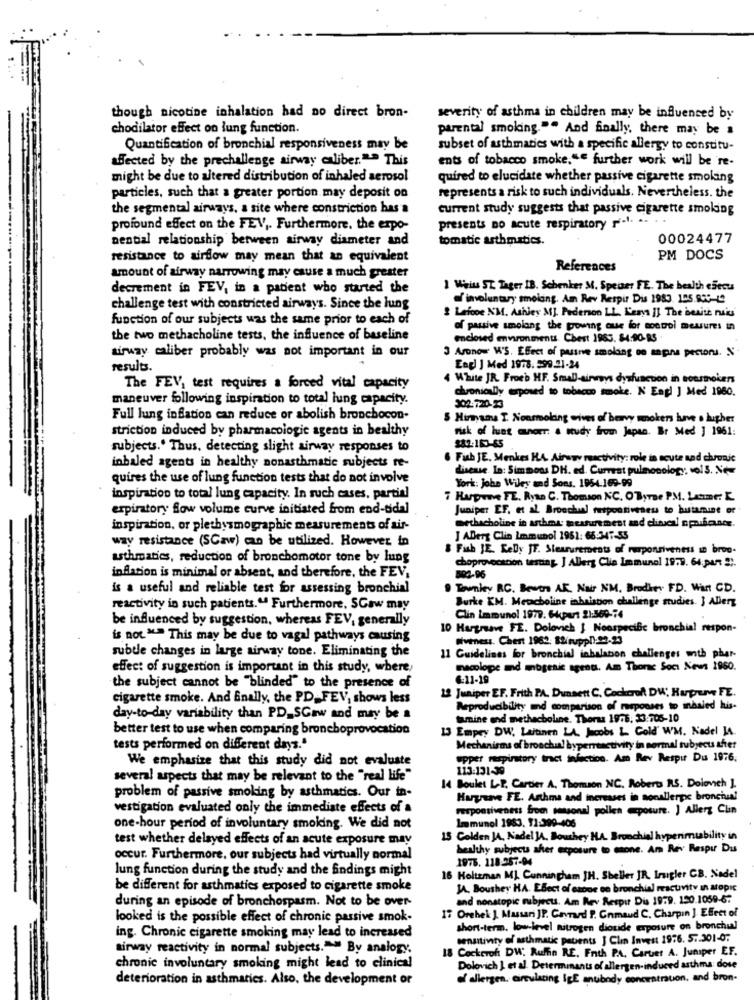
though nicotine inhalation had no direct bron-
severity of asthma in children may be influenced by
chodilator effect on lung function.
parental smoking."" And finally, there may be a
Quantification of bronchial responsiveness may be
subset of asthmaties with a specific allergy to constitu-
affected by the prechallenge airway caliber."> This
ents of tobacco smoke."e further work will be re-
might be due to altered distribution of inhaled aerosol
quired to elucidate whether passive cigarette smoking
particles, such that a greater portion may deposit on
represents a risk to such individuals. Nevertheless. the
the segmental airways, a site where constriction has a
current study suggests that passive cigarette smoking
profound effect on the FEV ,. Furthermore, the erpo-
presents no acute respiratory r.l. .. .
Dential relationship between airway diameter and
tomatic asthmatics.
00024477
resistance to airflow may mean that an equivalent
PM DOCS
amount of airway narrowing may cause a much greater
References
decrement in FEV, in a patient who started the
I Weiss ST. Tager IB. Schenker M. Spenser FE. The health esecu
d' involuntary smolang. Am Rev Respir Dis 1983. 105.836-12
challenge test with constricted airways. Since the lung
function of our subjects was the same prior to each of
2 Leiooe NM. Ashley MJ. Pederson LL. Kerys IL The besitz nais
of passive smolang the powing que for mongol mesures in
the two methacholine tests, the influence of baseline
enclosed environments Chest 1983. 84:90-RS
airway caliber probably was not important in our
3 Aronow W'S. Efeet of pusne smolang oo sans pectors. N
results.
Engl J Med 1978. 599.21-24
4 White JR. Froeh HF. Small-airways dysfunction in sousmokers
The FEV, test requires a forced vital capacity
chronically exposed to tobacco smoke. N Engl J Med 1980.
maneuver following inspiration to total lung capacity.
302-720-23
Full lung inflation can reduce or abolish bronchocon-
$ Himyams I. Nonsmoking wives of berry mokers have a higher
striction induced by pharmacologie agents in healthy
risk of luet anoer: a study from Japan. Br Med ] 1961:
subjects.' Thus, detecting slight airway responses to
282:163-65
6 Fish JE. Menkes HA. Airawy reactivity: role in acute sad chronic
inbaled agents in healthy nonasthmatic subjects re-
disease La: Simmons DH. ed. Current pulmonology; vols. Ne
quires the use of lung function tests that do not involve
York: john Wiley and Sons, 1954.169-99
inspiration to total lung capacity. In such cases, partial
7 Harpune FE. Ryan C. Thomson NC. O'Byrne PM, Lesme:
erpiratory fow volume curve initiated from end-tidal
Juniper EF. et al Broochual responsiveseus to butamine of
inspiration, or plethysmographic measurements of air-
methacholine in asthma: measurement and clinical npicante.
way resistance (SCaw) can be utilized. However in
J ABerg Clin Immunol 1961: 66:347-55
& Fish JE. Kelly JT. Stearurements of responsiveness in broo-
asthmatics, reduction of bronchomotor tone by lung
choprovocacion testing J Allerg Clie Immunol 1979. 64;par 2).
inflation is minimal or absent, and therefore, the FEV,
892-96
is a useful and reliable test for assessing bronchial
Tounity RC. Bewons AR. Nair NM. Brodhey FD. Want CD.
reactivity in such patients." Furthermore, SCaw may
Burke KM. Metacholine inbaiston challenge studies. J Allerg
be influenced by suggestion, whereas FEV, generally
Clin immunol 1977. 64;part 21:569-74
10 Hargrave FE. Dolovich } NoespeciBe bronchial respon-
is not"> This may be due to vagal pathways causing
Siveness. Chert 1962: Stirupp!)-92-23
subtle changes in large airway tone. Eliminating the
11 Guidelines for bronchial inhalation challenges anth phar-
effect of suggestion is important in this study, where,
maclope and mogenic agent. Am Thorc Soci News 1960.
€-11-19
the subject cannot be "blinded" to the presence of
12 Juniper EF. Frith PA. Dunsett C. Cockcroft DW, Harpune FE.
cigarette smoke. And Bnally, the PD_ FEV, shows less
Reproducibility and comparison of responses to inhaled his-
day-to-day variability than PD_SGaw and may be a
tamine end methacholine. Thorua 1975, 23:705-10
better test to use when comparing bronchoprovocation
13 Empey DW, Laitinen LA. Jacobs L Cold' W'M. Nadel J4.
tests performed on different days."
Mechanisms of broochun! byperreactivity in normal subject sher
We emphasize that this study did not evaluate
upper respiratory tract infection. Am Rev Respir Du 1976.
113:131-39
several aspects that may be relevant to the "real life"
14 Boulet L.P. Cartier A. Thomson NC. Roberts R.S. Dolovich ],
problem of passive smoking by asthmatics. Our in-
Hargreave FE. Asthma and increases in sonallerpc bronchus!
vestigation evaluated only the immediate effects of a
responsiveness from seasonal pollen @posure. J Allerg Clin
Immunol 1983. 91:399-406
one-hour period of involuntary smoking. We did not
test whether delayed effects of an acute exposure may
15 Golden JA, Nadel JA, Bouthey HA. Bronchial hyperimtability in
healthy subjects sher exposure to mone. Am Rev Respu Du
occur. Furthermore, our subjects had virtually normal
1976. 118.257-94
lung function during the study and the findings might
16 Holteman ML Cunningham JH. Sheller JR. Irigler CB. Nadel
be different for asthmatics exposed to cigarette smoke
JA. Boushey HA. EBest of czone to bronchial reactivity in atopic
during an episode of bronchospasm. Not to be over-
and nonstopic mibjects. Am Rev Respir Dis 1979. 150.1059-67
looked is the possible effect of chronic passive smok-
17 Orehel J. Massari JP. Gayrard P. Gnmaud C, Charpin ] Effect of
short-term. low-level nitrogen dioxide exposure on bronchual
ing. Chronic cigarette smoking may lead to increased
sensitivity of asthmatic patents J Clin Invest 1976. 5. 301-07
tirway reactivity in normal subjects."" By analogy.
18 Cockerof DW. Ruffin RE. Fnth P.A. Carter A. Juniper EF.
chronic involuntary smoking might lead to clinical
Dolovich I et al. Determinants of allergen-induced asthma: dose
deterioration in asthmatics. Also, the development of
of allergen. circulating IgE anubody concatrauon, and bron-